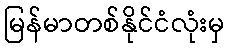
မြန်မာတစ်နိုင်ငံလုံးမှ